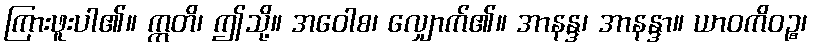
ကြားဖူးပါ၏။ ဣတိ၊ ဤသို့။ အဝေါစ၊ လျှောက်၏။ အာနန္ဒ၊ အာနန္ဒာ။ ယာဝကိဝဉ္စ၊